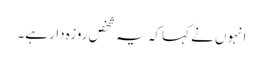
انہوں نے کہا کہ یہ شخص روزہ دار ہے۔